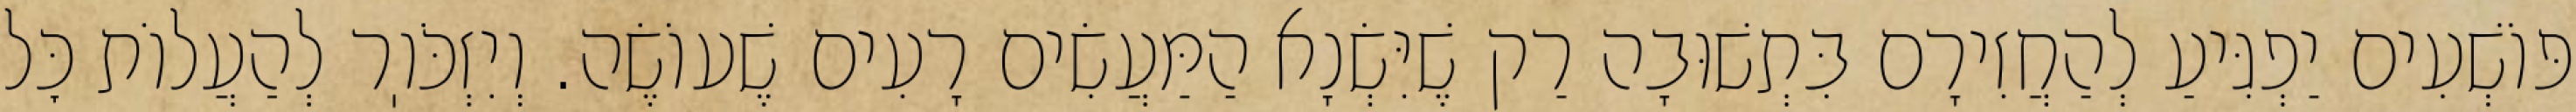
פּוֹשְׁעִים יַפְגִּיעַ לְהַחֲזִירָם בִּתְשׁוּבָה רַק שֶׁיִּשְׂנָא הַמַּעֲשִׂים רָעִים שֶׁעוֹשֶׂה. וְיִזְכֹּוֽר לְהַעֲלוֹת כׇּל